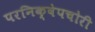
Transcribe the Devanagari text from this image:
परनिक्षेपचोरी